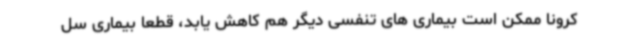
کرونا ممکن است بیماری های تنفسی دیگر هم کاهش یابد، قطعا بیماری سل